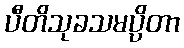
ပီတိသုခသမပ္ပိတာ